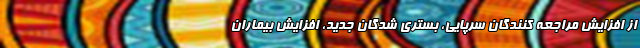
از افزایش مراجعه کنندگان سرپایی، بستری شدگان جدید، افزایش بیماران